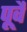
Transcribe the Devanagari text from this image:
पूवै